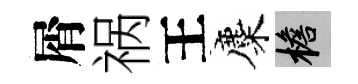
屑祸王麋檐